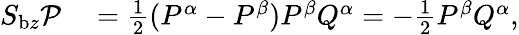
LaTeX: \begin{array}{rl}{S_{\mathrm{b}z}\mathcal{P}}&{{}=\frac{1}{2}(P^{\alpha}-P^{\beta})P^{\beta}Q^{\alpha}=-\frac{1}{2}P^{\beta}Q^{\alpha},}\end{array}